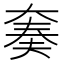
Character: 𫯪